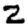
Digit: 2